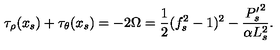
\tau _ { \rho } ( x _ { s } ) + \tau _ { \theta } ( x _ { s } ) = - 2 \Omega = \frac { 1 } { 2 } ( f _ { s } ^ { 2 } - 1 ) ^ { 2 } - \frac { { P _ { s } ^ { \prime } } ^ { 2 } } { \alpha L _ { s } ^ { 2 } } .